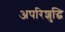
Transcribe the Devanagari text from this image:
अपरिशुद्धि